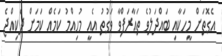
އެގޮތަށް މީހަކާއި ބައްދަލުވެ ތަޢާރަފްވާ ވަގުތު އެއީ މުހިއްމު ކަމެއް ކަމަށް ދެކިއްޖެ